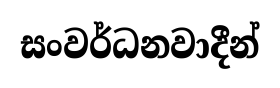
සංවර්ධනවාදීන්